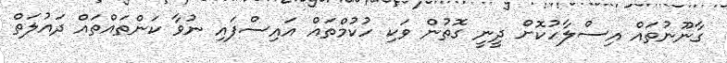
ގާނޫނުތައް އިސްލާހުކޮށް ދީނީ ގޮތުން ވަކި ހުކުމްތައް އައިސްފައި ނުވާ ކަންތައްތައް ދައުލަތް